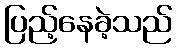
ပြည့်နေခဲ့သည်